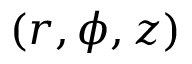
( r , \phi , z )